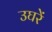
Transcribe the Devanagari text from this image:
उघरें